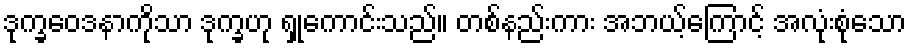
ဒုက္ခဝေဒနာကိုသာ ဒုက္ခဟု ရှုကောင်းသည်။ တစ်နည်းကား အဘယ့်ကြောင့် အလုံးစုံသော